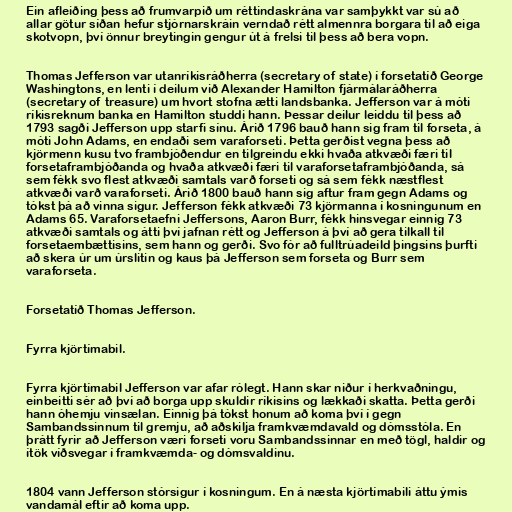
Ein afleiðing þess að frumvarpið um réttindaskrána var samþykkt var sú að
allar götur síðan hefur stjórnarskráin verndað rétt almennra borgara til að eiga
skotvopn, því önnur breytingin gengur út á frelsi til þess að bera vopn.

Thomas Jefferson var utanríkisráðherra (secretary of state) í forsetatíð George
Washingtons, en lenti í deilum við Alexander Hamilton fjármálaráðherra
(secretary of treasure) um hvort stofna ætti landsbanka. Jefferson var á móti
ríkisreknum banka en Hamilton studdi hann. Þessar deilur leiddu til þess að
1793 sagði Jefferson upp starfi sínu. Árið 1796 bauð hann sig fram til forseta, á
móti John Adams, en endaði sem varaforseti. Þetta gerðist vegna þess að
kjörmenn kusu tvo frambjóðendur en tilgreindu ekki hvaða atkvæði færi til
forsetaframbjóðanda og hvaða atkvæði færi til varaforsetaframbjóðanda, sá
sem fékk svo flest atkvæði samtals varð forseti og sá sem fékk næstflest
atkvæði varð varaforseti. Árið 1800 bauð hann sig aftur fram gegn Adams og
tókst þá að vinna sigur. Jefferson fékk atkvæði 73 kjörmanna í kosningunum en
Adams 65. Varaforsetaefni Jeffersons, Aaron Burr, fékk hinsvegar einnig 73
atkvæði samtals og átti því jafnan rétt og Jefferson á því að gera tilkall til
forsetaembættisins, sem hann og gerði. Svo fór að fulltrúadeild þingsins þurfti
að skera úr um úrslitin og kaus þá Jefferson sem forseta og Burr sem
varaforseta.

Forsetatíð Thomas Jefferson.

Fyrra kjörtímabil.

Fyrra kjörtímabil Jefferson var afar rólegt. Hann skar niður í herkvaðningu,
einbeitti sér að því að borga upp skuldir ríkisins og lækkaði skatta. Þetta gerði
hann óhemju vinsælan. Einnig þá tókst honum að koma því í gegn
Sambandssinnum til gremju, að aðskilja framkvæmdavald og dómsstóla. En
þrátt fyrir að Jefferson væri forseti voru Sambandssinnar en með tögl, haldir og
ítök víðsvegar í framkvæmda- og dómsvaldinu.

1804 vann Jefferson stórsigur í kosningum. En á næsta kjörtímabili áttu ýmis
vandamál eftir að koma upp.